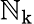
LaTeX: \mathbb{N}_{\mathrm{{k}}}